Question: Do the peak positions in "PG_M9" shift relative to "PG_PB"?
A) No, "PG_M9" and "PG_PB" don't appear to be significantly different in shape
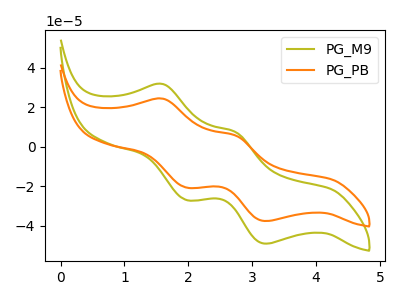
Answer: <think>The olive curve "PG_M9" has anodic peaks at (1.60V, 31.80uA) (2.75V, 7.55uA) and cathodic peaks at (1.95V, -26.95uA) (3.20V, -49.05uA). The orange curve "PG_PB" has anodic peaks at (1.60V, 24.35uA) (2.75V, 5.80uA) and cathodic peaks at (1.95V, -20.65uA) (3.20V, -37.60uA).
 All the peaks in "PG_M9" have a peak in "PG_PB" at the same potential. Every peak in "PG_M9" is higher than every peak in "PG_PB".</think>
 <answer>A) No, "PG_M9" and "PG_PB" don't appear to be significantly different in shape</answer>
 <eval>A</eval>